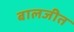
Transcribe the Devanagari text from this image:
बालजीत